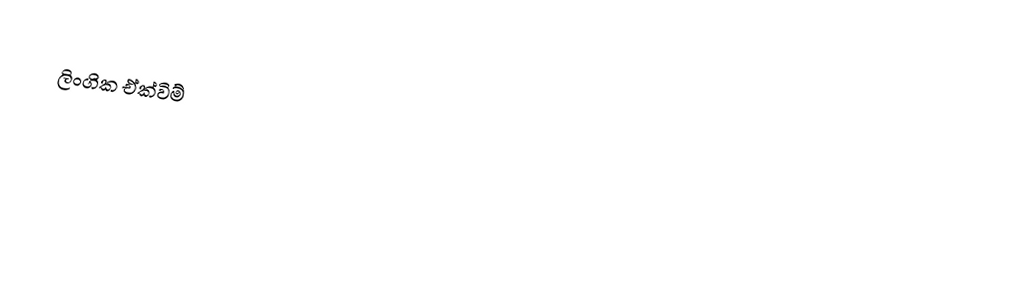
ලිංගික ඒක්විම්